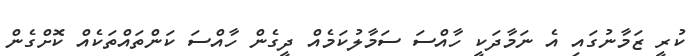
ކުރީ ޒަމާނުގައި އެ ނަމާދަކީ ހާއްސަ ސަމާލުކަމެއް ދީގެން ހާއްސަ ކަންތައްތަކެއް ކޮށްގެން